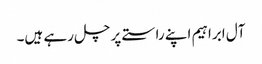
آل ابراہیم اپنے راستے پر چل رہے ہیں۔